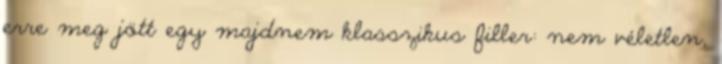
erre meg jött egy majdnem klasszikus filler: nem véletlen,